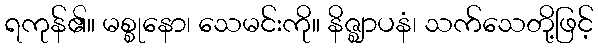
ရကုန်၏။ မစ္စုနော၊ သေမင်းကို။ နိဇ္ဈာပနံ၊ သက်သေတို့ဖြင့်